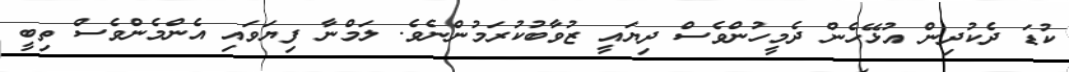
ކުޑަ ދެކުދިން އުޅޭހެން ދެމީހުންވެސް ދިޔައީ ޒުވާބުކުރަމުންނެވެ. ލަމްނާ ފިޔަވައި އެންމެންވެސް ތިބީ